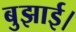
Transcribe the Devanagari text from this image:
बुझाई।